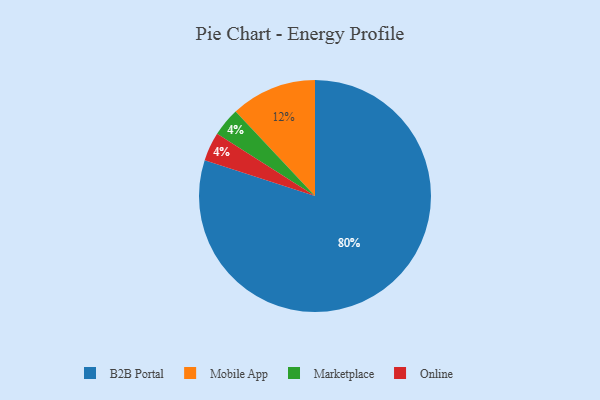
{"axis": {"x": "Category", "y": "Percentage"}, "legend": ["B2B Portal", "Marketplace", "Mobile App", "Online"], "data": [{"x": "B2B Portal", "y": 80, "type": "B2B Portal"}, {"x": "Mobile App", "y": 12, "type": "Mobile App"}, {"x": "Marketplace", "y": 4, "type": "Marketplace"}, {"x": "Online", "y": 4, "type": "Online"}]}